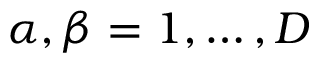
\alpha , \beta = 1 , \dots , D